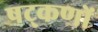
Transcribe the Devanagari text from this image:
षट्‌कणों